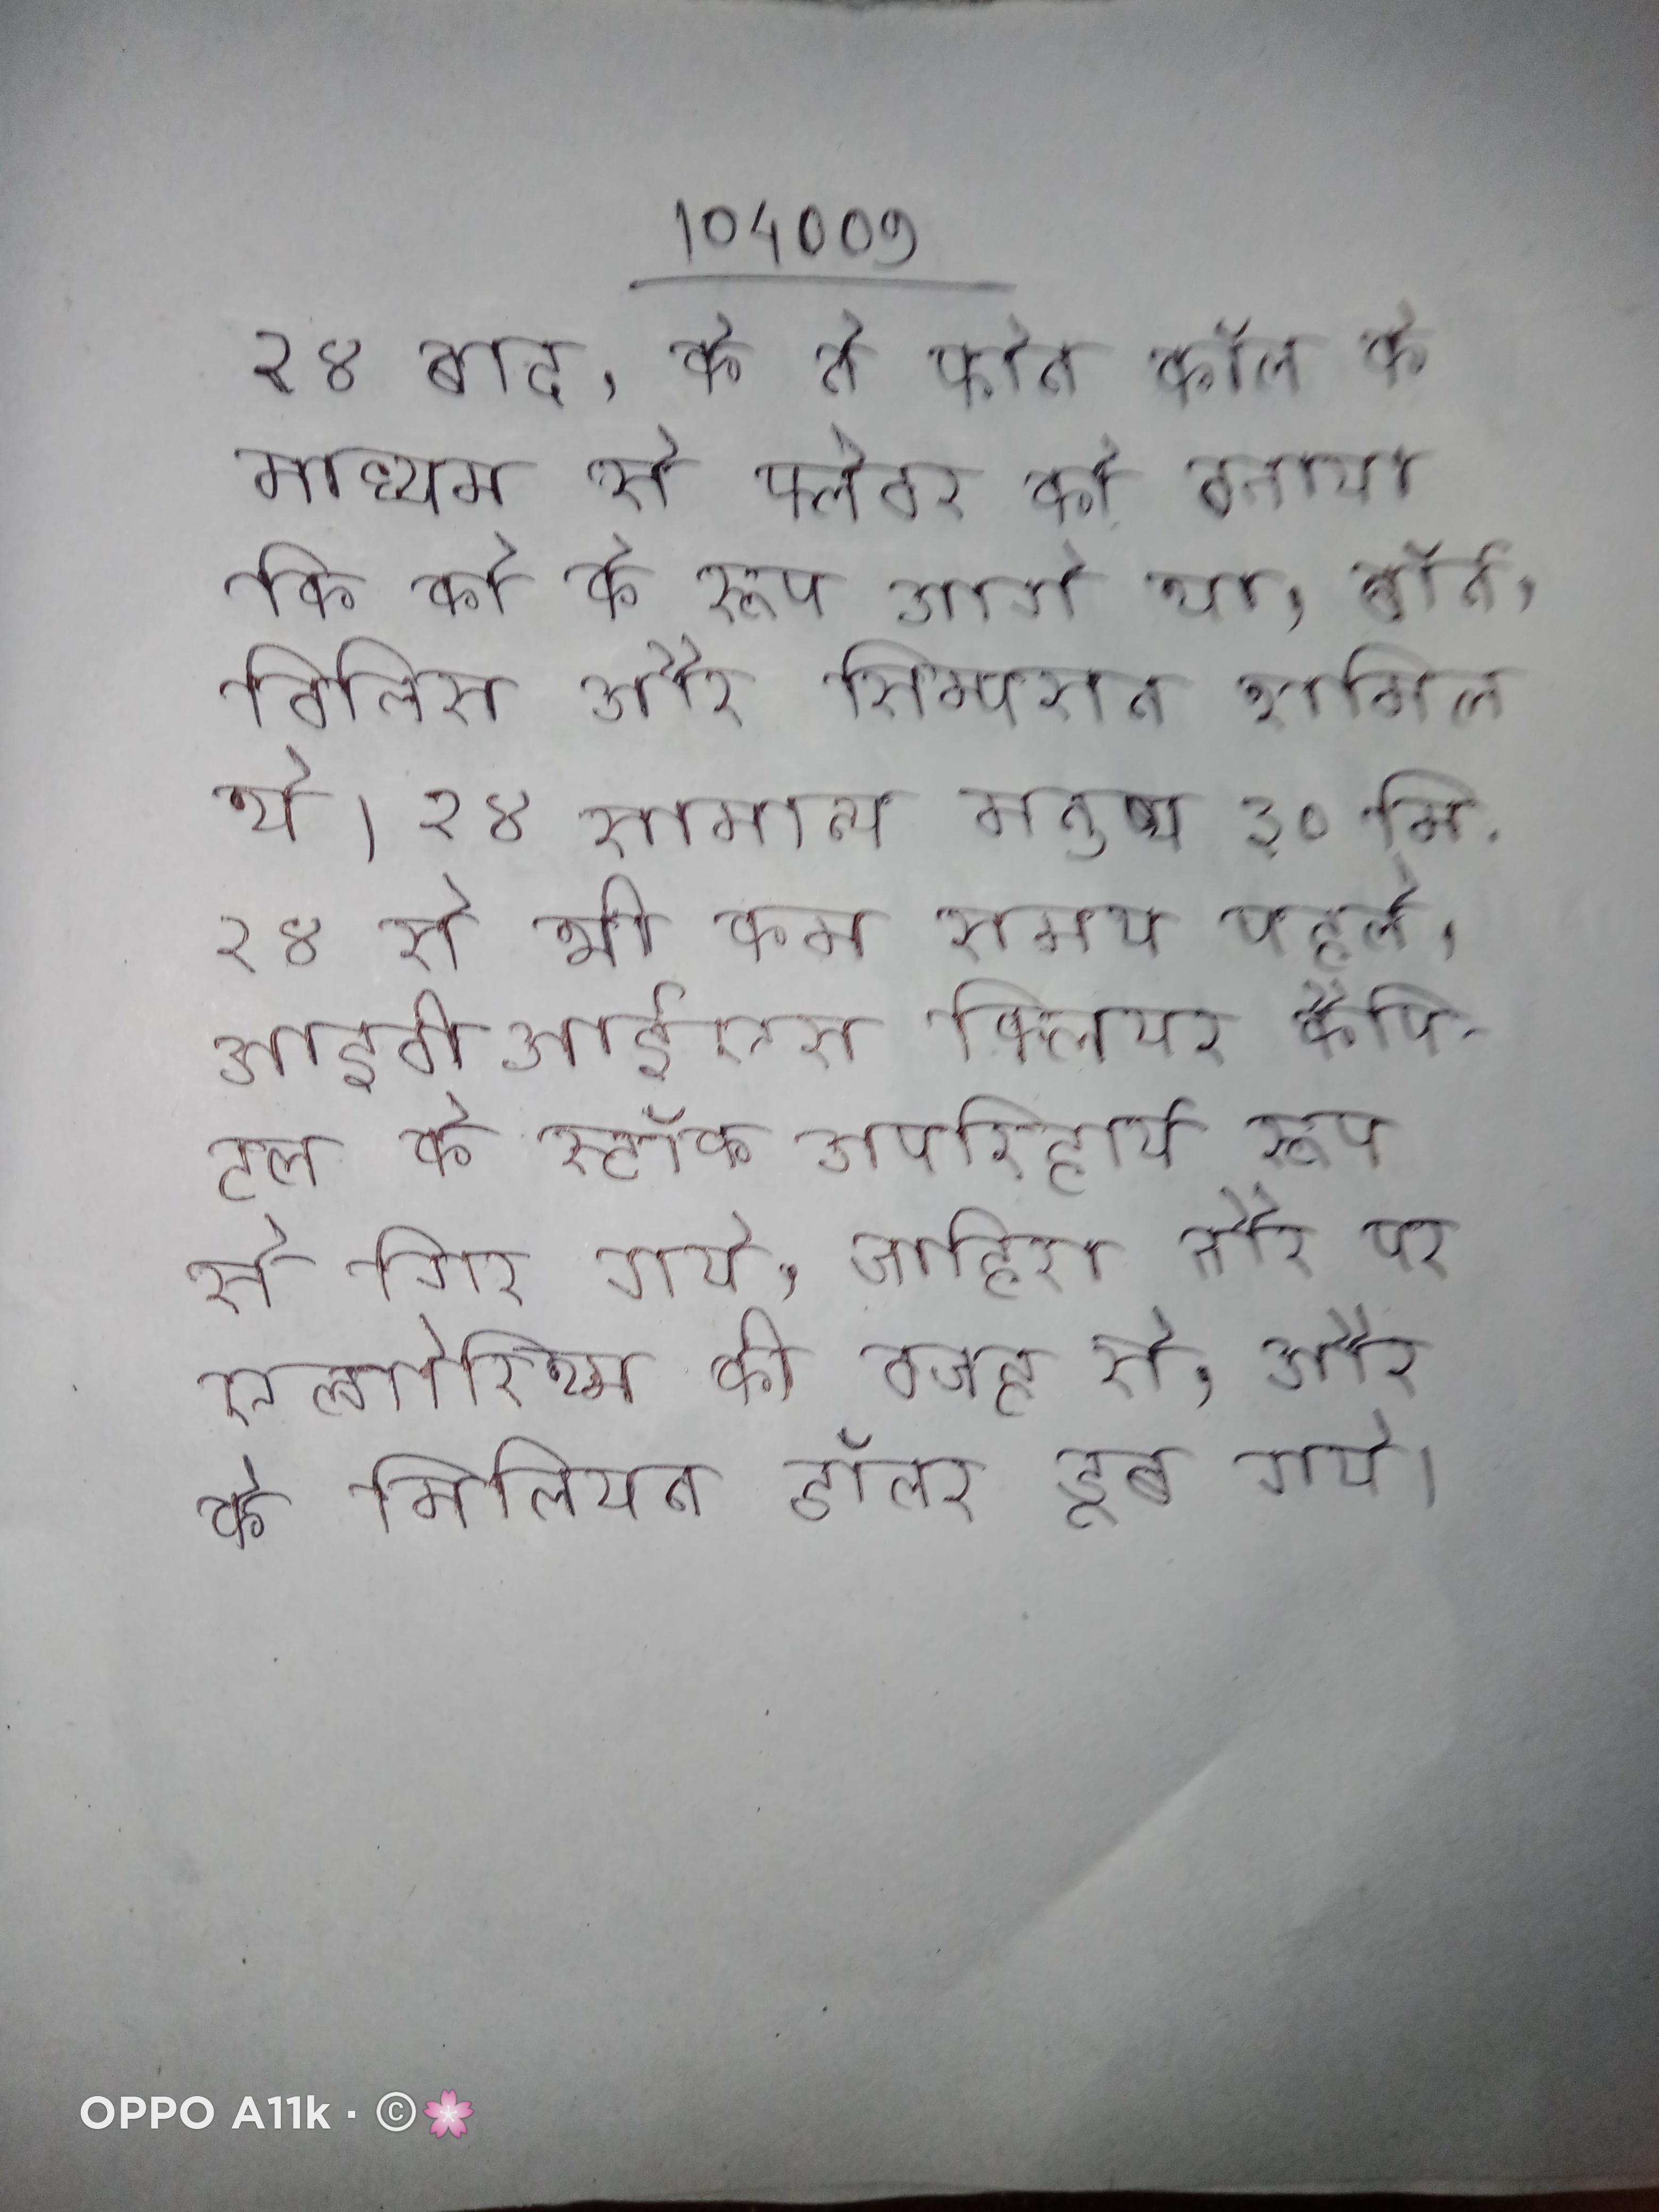
२४ बाद, के ने फोन कॉल के माध्यम से फ्लेचर को बताया कि को के रूप आगे था, बॉर्न, विलिस और सिम्पसन शामिल थे । २४ सामान्य मनुष्य ३० मि . २४ से भी कम समय पहले, आईबीआईएस क्लियर कैपिटल के स्टॉक अपरिहार्य रूप से गिर गये, जाहिरा तौर पर एल्गोरिथ्म की वजह से, और के मिलियन डॉलर डूब गये ।